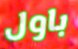
باول